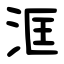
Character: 洭